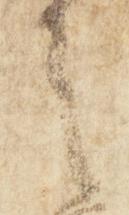
は